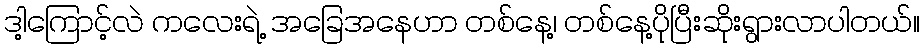
ဒါ့ကြောင့်လဲ ကလေးရဲ့ အခြေအနေဟာ တစ်နေ့၊ တစ်နေ့ပိုပြီးဆိုးရွားလာပါတယ်။